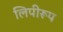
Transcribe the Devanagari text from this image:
लिपीरूप